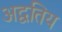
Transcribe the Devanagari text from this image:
अद्वतिय